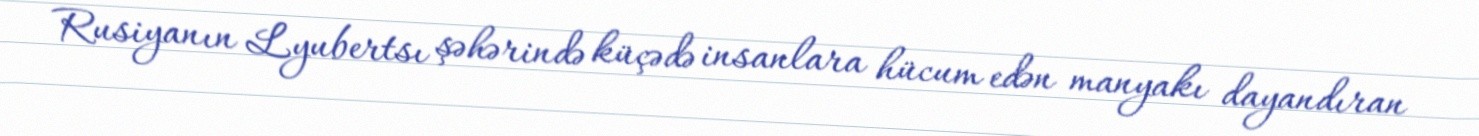
Rusiyanın Lyubertsı şəhərində küçədə insanlara hücum edən manyakı dayandıran